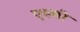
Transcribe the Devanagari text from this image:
एल्मी